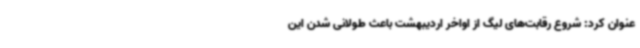
عنوان کرد: شروع رقابت‌های لیگ از اواخر اردیبهشت باعث طولانی شدن این